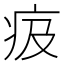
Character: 㽺